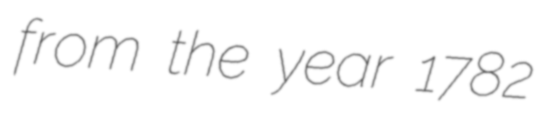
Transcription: from the year 1782